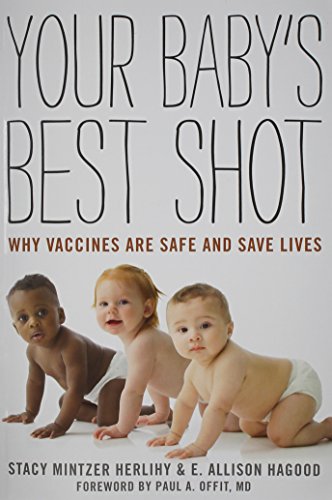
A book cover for Your Baby's Best Shot: Why Vaccines Are Safe and Save Lives; Stacy Mintzer Herlihy; Medical Books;